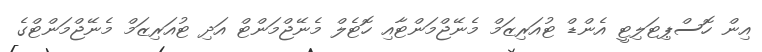
އިން ހޮސްޕިޓަލިޓީ އެންޑް ޓުއަރިޒަމް މެނޭޖްމަންޓާއި ހޮޓެލް މެނޭޖްމަންޓް އަދި ޓުއަރިޒަމް މެނޭޖްމަންޓްގެ